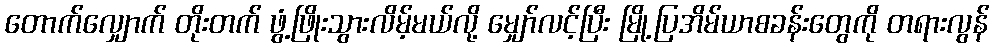
တောက်လျှောက် တိုးတက် ဖွံ့ဖြိုးသွားလိမ့်မယ်လို့ မျှော်လင့်ပြီး မြို့ပြအိမ်ယာစခန်းတွေကို တရားလွန်